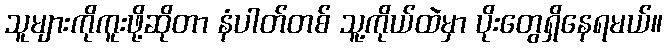
သူများကိုကူးဖို့ဆိုတာ နံပါတ်တစ် သူ့ကိုယ်ထဲမှာ ပိုးတွေရှိနေရမယ်။